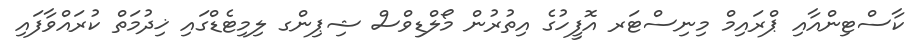
ކާސްޓިންއާއި ޕްރައިމް މިނިސްޓަރ އޮފީހުގެ އިތުރުން މޯލްޑިވްސް ޝިޕިންގ ލިމިޓެޑްގައި ޚިދުމަތް ކުރައްވާފައި